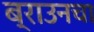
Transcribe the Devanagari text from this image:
ब्राउनचा